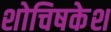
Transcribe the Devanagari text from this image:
शोचिषकेश